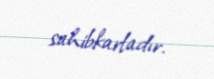
sahibkarladır.